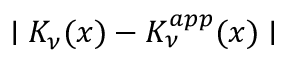
\mid K _ { \nu } ( x ) - K _ { \nu } ^ { a p p } ( x ) \mid